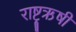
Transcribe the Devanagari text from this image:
राष्ट्रऋषी